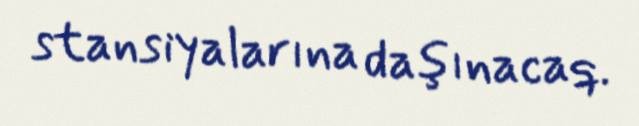
stansiyalarına daşınacaq.